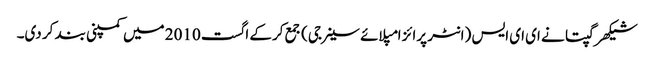
شیکھر گپتا نے ای ای ایس (انٹر پرائز امپلائے سینرجی) جمع کرکے اگست 2010 میں کمپنی بند کر دی۔